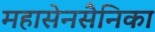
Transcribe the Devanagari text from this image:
महासेनसैनिका